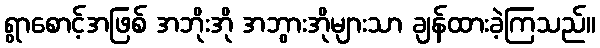
ရွာစောင့်အဖြစ် အဘိုးအို အဘွားအိုများသာ ချန်ထားခဲ့ကြသည်။